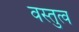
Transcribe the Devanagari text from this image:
वस्तुत्व